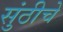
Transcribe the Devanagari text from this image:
सुंठीचे